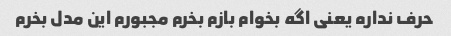
حرف نداره یعنی اگه بخوام بازم بخرم مجبورم این مدل بخرم